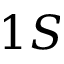
1 S